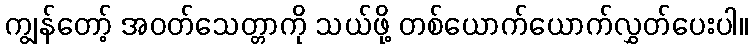
ကျွန်တော့် အဝတ်သေတ္တာကို သယ်ဖို့ တစ်ယောက်ယောက်လွှတ်ပေးပါ။